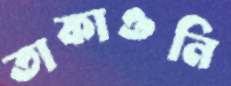
তাকাওনি